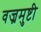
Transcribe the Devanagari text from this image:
वज्रमुष्टी